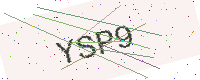
Text: YSP9